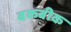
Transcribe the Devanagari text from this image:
बकबीक